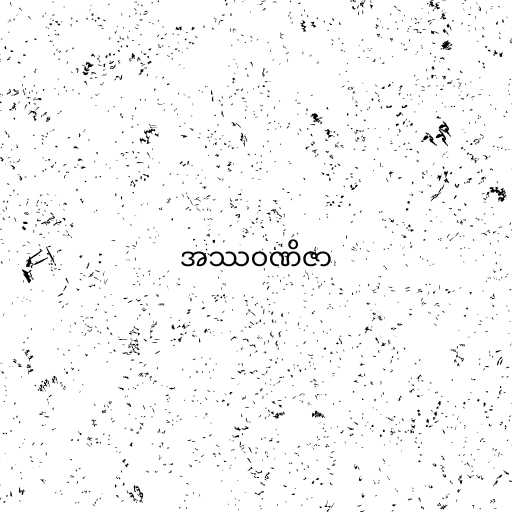
အဿဝဏိဇာ